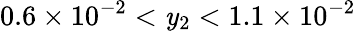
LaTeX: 0.6\times10^{-2}<\mathit{y}_{2}<1.1\times10^{-2}